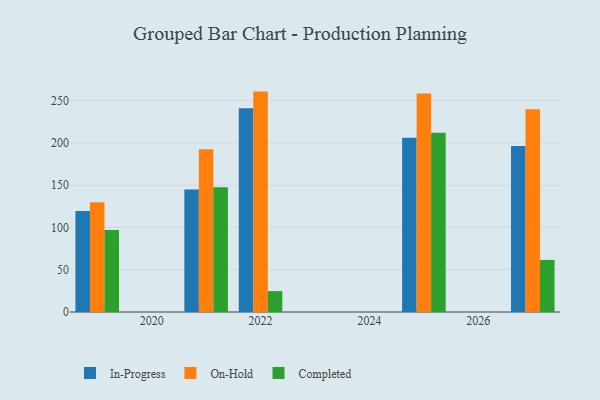
{"axis": {"x": "Year", "y": "Budget (USD K)"}, "legend": ["Completed", "In-Progress", "On-Hold"], "data": [{"x": "2027", "y": 196.3, "type": "In-Progress"}, {"x": "2027", "y": 239.7, "type": "On-Hold"}, {"x": "2027", "y": 61.6, "type": "Completed"}, {"x": "2021", "y": 144.8, "type": "In-Progress"}, {"x": "2021", "y": 192.4, "type": "On-Hold"}, {"x": "2021", "y": 147.7, "type": "Completed"}, {"x": "2022", "y": 241.0, "type": "In-Progress"}, {"x": "2022", "y": 260.7, "type": "On-Hold"}, {"x": "2022", "y": 24.7, "type": "Completed"}, {"x": "2019", "y": 119.5, "type": "In-Progress"}, {"x": "2019", "y": 129.8, "type": "On-Hold"}, {"x": "2019", "y": 97.1, "type": "Completed"}, {"x": "2025", "y": 206.2, "type": "In-Progress"}, {"x": "2025", "y": 258.4, "type": "On-Hold"}, {"x": "2025", "y": 212.0, "type": "Completed"}]}